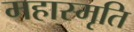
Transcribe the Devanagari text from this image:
महास्मृति